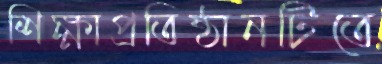
শিক্ষাপ্রতিষ্ঠানটিতে